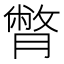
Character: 𦠞